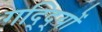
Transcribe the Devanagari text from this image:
गद्दि्यों